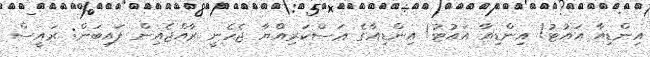
އިންޑިއާ އައުޓު! އިންޑިއާ އައުޓު! އިންޑިއާގެ ޢަސްކަރިއްޔާ ޖެހެނީ ރާއްޖެއިން ފައިބަން: ރައީސް